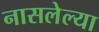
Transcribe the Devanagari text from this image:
नासलेल्या